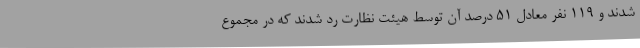
شدند و ۱۱۹ نفر معادل ۵۱ درصد آن توسط هیئت نظارت رد شدند که در مجموع